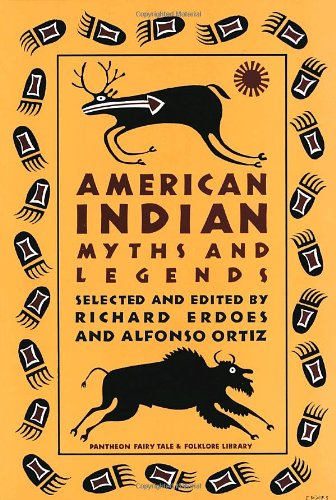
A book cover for American Indian Myths and Legends (The Pantheon Fairy Tale and Folklore Library); Literature & Fiction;